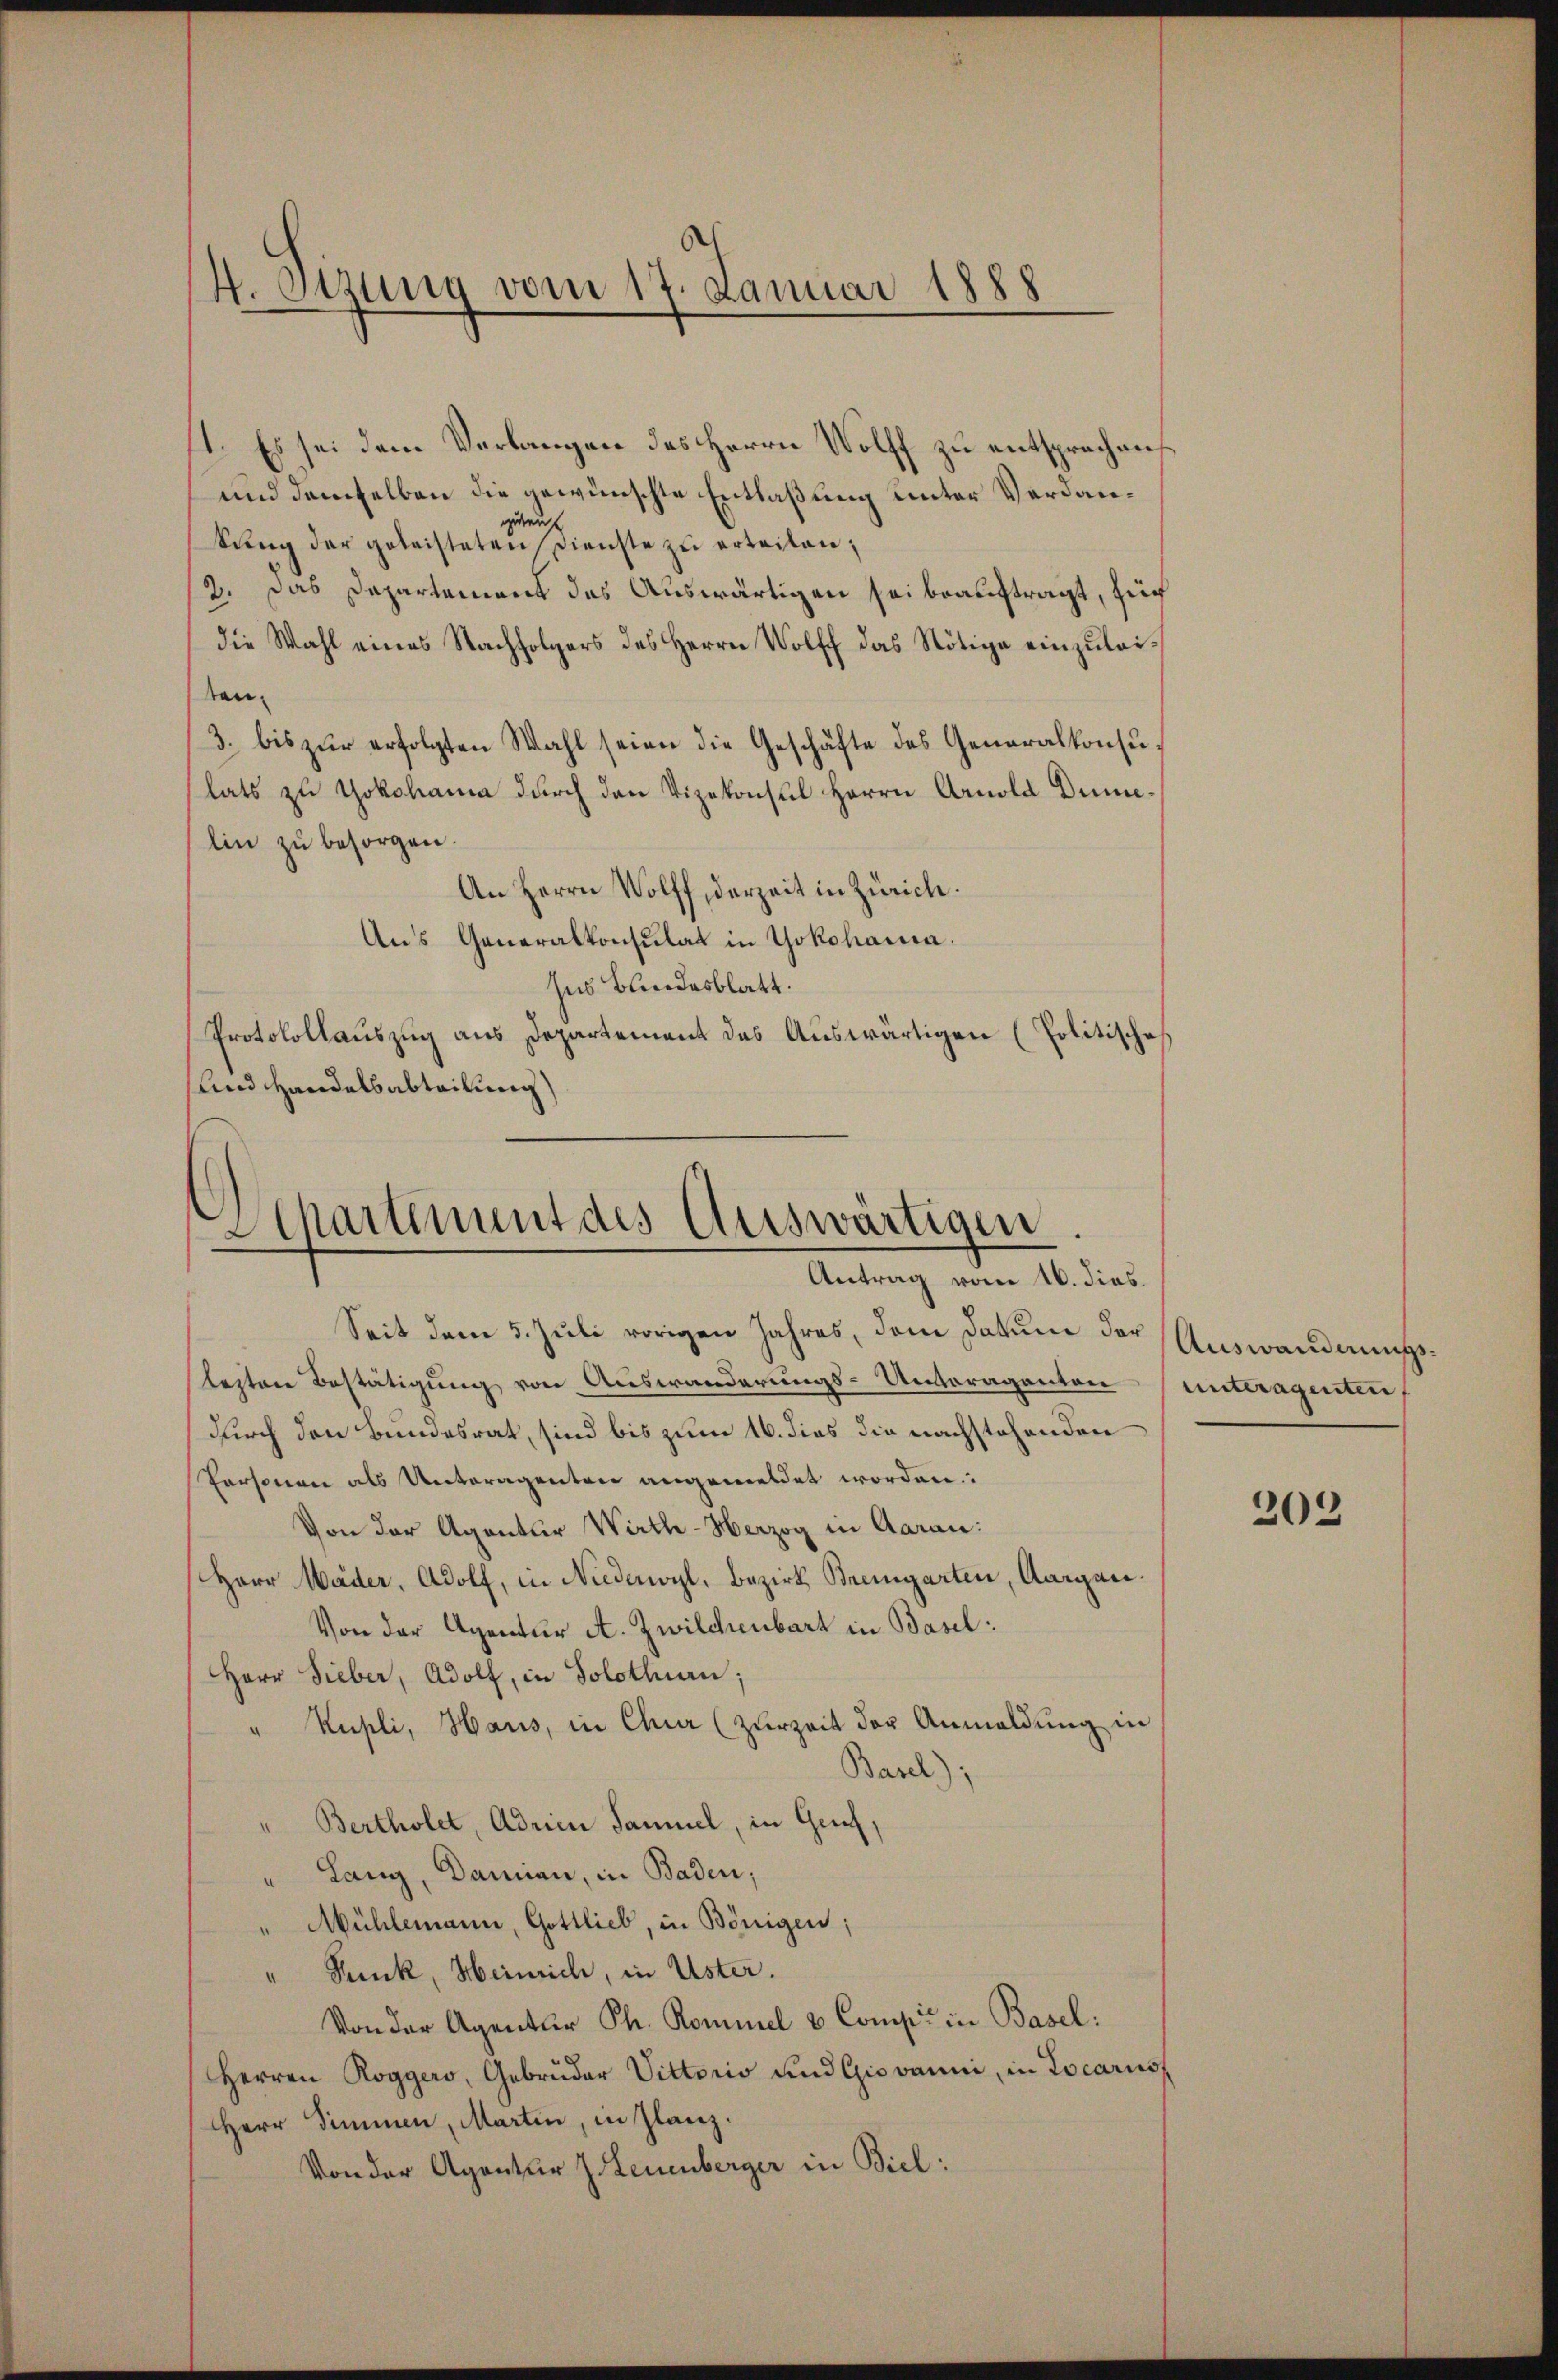
4. Stzung vom 17. Januar 1888

f1. Es sei dem Verlangen des Herrn Wolff zu entsprochen
und demselben die gewünschte Entlaßung unter Verdanguten
kŭng der geleisteten Dienste zu erteilen;
2. Das Departement des Auswärtigen sei beauftragt, für
die Wahl eines Nachfolgers des Herrn Wolff das Nötige einzuleitan¬
3. bis zŭr erfolgten Wahl seien die Geschäfte des Generalkonsŭ-
lats zu Yokohama durch den Vizekonsul Herrn Arnold Dunlin zu besorgen.
An Herrn Wolff, derzeit in Zürich.
Aus Generalkonsulat in Yokohama.
sus Bundesblatt.
Protokollauszug aus Departement des Auswärtigen (Politische
und Handelsabteilung)

Spartement des Auswärtigen.
Antrag vom 16. dies.

Seit dem 5. Juli vorigen Jahres, dem Datum der Auswandnungslezten Bestätigung von Auswanderungs-Unteragenten
durch den Bundesrat, sind bis zum 16. dies die nachstehenden
Personen als Unteragenten angemeldet worden:
Von der Agentur Wirth-Herzog in Aaran:
Herr Mäder, Adolf, in Niedenwyl, Bezirk Bremgarten, Aargau.
Von der Agentur A. Zwilchenbart in Basel:
Herr Lieber, Adolf, in Solothun;
" Kupli, Haus, in Chur (zurzeit der Anmeldung in
Basel);
"Bertholet, Adrien Samuel, in Genf,
Lang, Damian, in Baden,
" Mühlemann, Gottlieb, in Bönigen;
" Punk, Heinrich, in Uster.
Von der Agentur Th. Rominel & Comp. in Basel:
Herren Roggers, Gebrüder Vittoris und Giovanni, in Locaris
Herr Simmen, Martin, in Glanz.
Von der Agentur J. Leuenberger in Biel:

unteragenten,

203